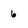
Character: 6